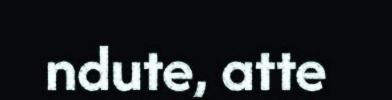
ndute, atte